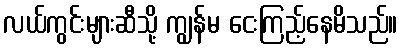
လယ်ကွင်းများဆီသို့ ကျွန်မ ငေးကြည့်နေမိသည်။